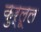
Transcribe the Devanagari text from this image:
कुर्लूल